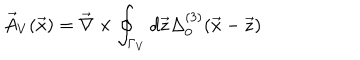
\vec { A } _ { V } ( \vec { x } ) = \vec { \nabla } \times \oint _ { \Gamma _ { V } } d \vec { z } \Delta _ { 0 } ^ { ( 3 ) } ( \vec { x } - \vec { z } )